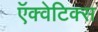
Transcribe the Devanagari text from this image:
ऍक्वेटिक्स